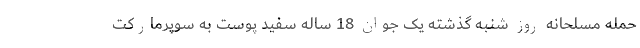
حمله مسلحانه روز شنبه گذشته یک جوان 18 ساله سفید پوست به سوپرمارکت